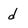
Character: d